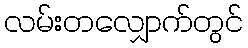
လမ်းတလျှောက်တွင်